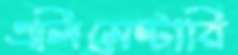
এলিমেন্টারি